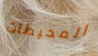
المحيطات